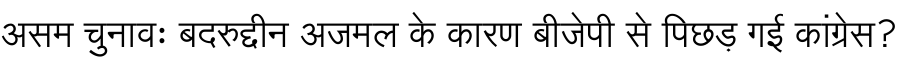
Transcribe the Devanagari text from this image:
असम चुनावः बदरुद्दीन अजमल के कारण बीजेपी से पिछड़ गई कांग्रेस?